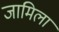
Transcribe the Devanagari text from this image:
जामिला